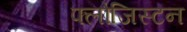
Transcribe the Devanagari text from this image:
फ्लोजिस्टन